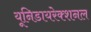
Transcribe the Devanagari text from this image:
यूनिडायरेक्शनल